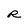
Character: R